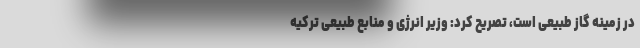
در زمینه گاز طبیعی است، تصریح کرد: وزیر انرژی و منابع طبیعی ترکیه